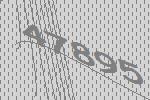
47895